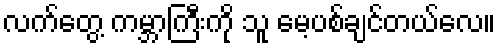
လက်တွေ့ ကမ္ဘာကြီးကို သူ မေ့ပစ်ချင်တယ်လေ။